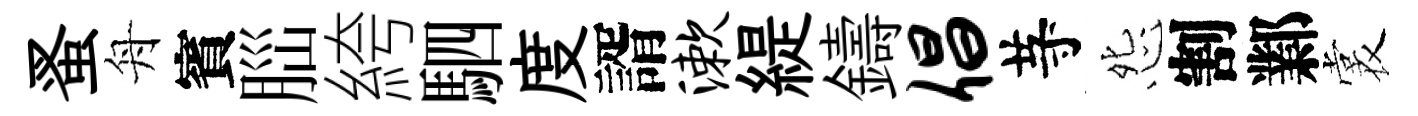
蚤舟賓𦛁絝駟度諝漱緹鑄倡䒭怨割鄴裳